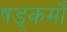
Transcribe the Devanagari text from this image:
षड्कर्मों